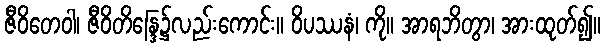
ဇီဝိတေဝါ၊ ဇီဝိတိန္ဒြေ၌လည်းကောင်း။ ဝိပဿနံ၊ ကို။ အာရဘိတွာ၊ အားထုတ်၍။